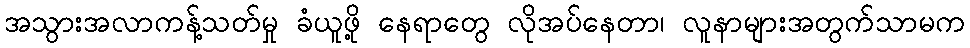
အသွားအလာကန့်သတ်မှု ခံယူဖို့ နေရာတွေ လိုအပ်နေတာ၊ လူနာများအတွက်သာမက